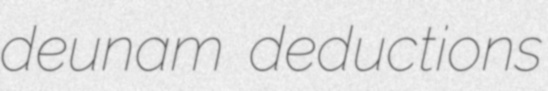
deunam deductions